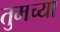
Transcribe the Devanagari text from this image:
तुमच्‍या